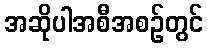
အဆိုပါအစီအစဉ်တွင်